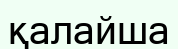
қалайша